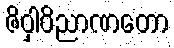
ဇိဝှါဝိညာဏတော